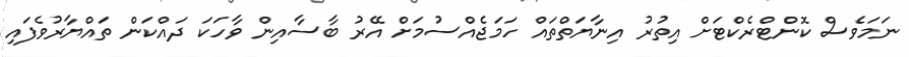
ނަމަވެސް ކޮންޓްރެކްޓަށް އިތުރު އިނާޔަތްތައް ހަމަޖެއްސުމަށް އޭރު ބާސާއިން ވާހަކަ ދައްކަން ތައްޔާރުވެފައި